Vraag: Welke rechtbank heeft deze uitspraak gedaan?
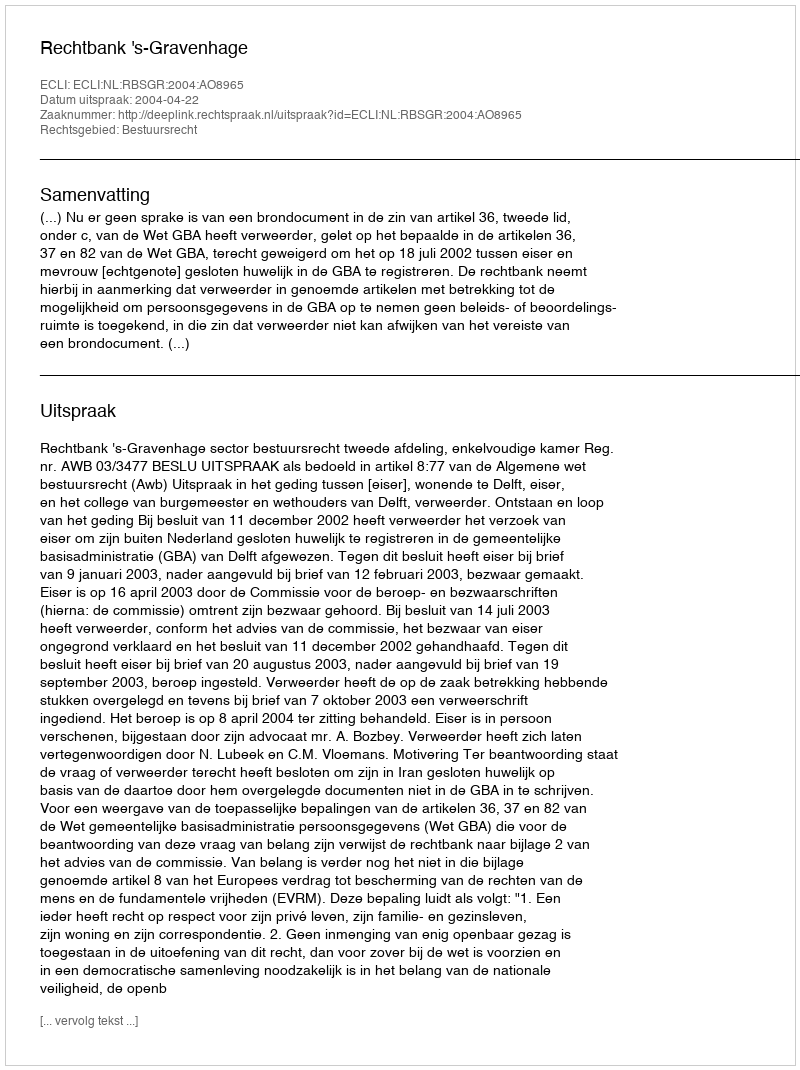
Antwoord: Rechtbank 's-Gravenhage